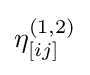
\eta _{[ij]}^{(1,2)}